Civil Veterinary Dept. Bombay admin report 1907-1913 - 1907-1913
Year: 1907
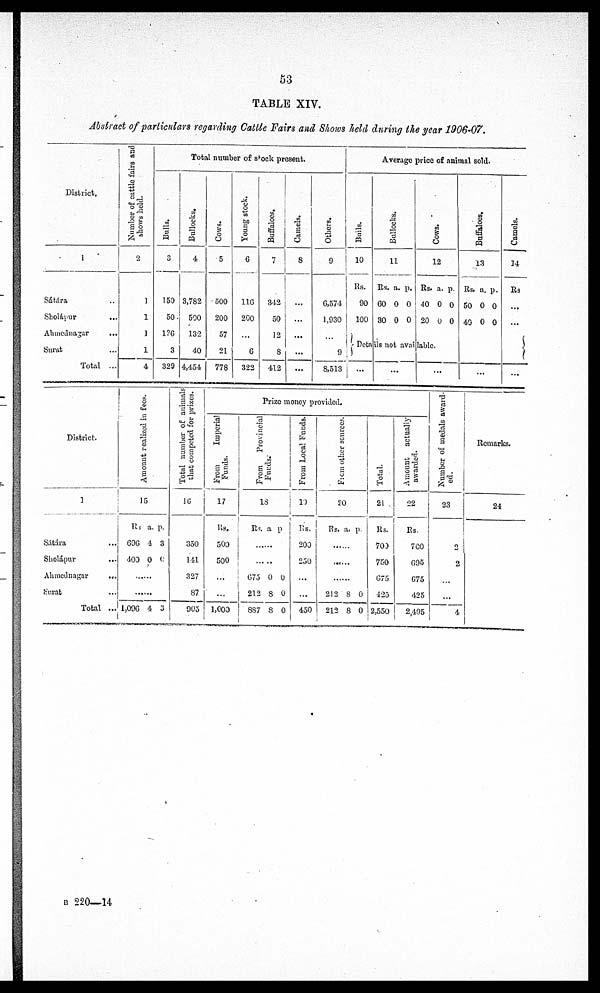
53
TABLE XIV.
Abstract of particulars regarding Cattle Fairs and Shows held during the year 1906-07.
District,
1
Sátára ...
Sholápur ...
Ahmedanagar ...
Swat
Total ...
Number of cattle fairs and
shows held.
2
1
1
1
1
4
Total number of stack present.
Bulls.
3
150
50
1?G
3
329
Bullocks.
4
3,782
500
132
40
4,454
Cows.
5
500
200
57
21
778
Young stock.
6
116
200
...
6
322
Buffaloes.
7
342
50
12
8
412
Camels.
8
...
...
...
...
Others.
9
6,574
1,930
...
9
8,513
Average price of animal sold.
Bulls.
10
Rs.
90
100
Bullocks.
11
Rs. a. p.
60 0 0
30 0 0
Cows.
12
Rs. a. p.
40 0 0
20 0 0
Buffaloes.
13
Rs. a. p.
50 0 0
49 0 0
Camels.
14
Rs
...
...
Details not available.
...
...
...
...
District.
1
Sátára ... ...
Sholápur ...
Ahmednagar
...
Surat ...
Total ...
Amount realized in fees.
15
Rs. a. p.
696 4 3
400 0 0
......
......
1,096 4 3
Total number of animals
that competed for prizes.
16
350
141
327
87
905
Prize money provided.
From
Imperial
Funds.
17
lis.
500
500
...
...
1,000
From
Provincial
Funds.-
18
Rs. a. p.
......
675 0 0
212 8 0
887 8 0
From Local Funds.
19
Rs.
200
250
...
...
450
From
other source.
20
Rs. a. p.
.... ...
... ...
......
212 8 0
212 8 0
Total.
21
Rs.
700
750
675
425
2,550
Amount actually
awarded.
22
Rs.
700
095
675
425
2,495
Number of medals award-
ed.
23
2
2
...
...
4
Remarks.
24
B 220—14